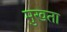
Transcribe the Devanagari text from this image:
मुखता